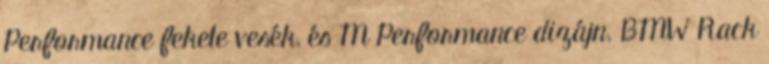
Performance fekete vesék, és M Performance dizájn. BMW Rack